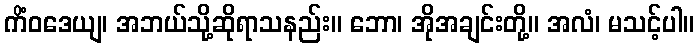
ကိံဝဒေယျ၊ အဘယ်သို့ဆိုရာသနည်း။ ဘော၊ အိုအချင်းတို့။ အလံ၊ မသင့်ပါ။